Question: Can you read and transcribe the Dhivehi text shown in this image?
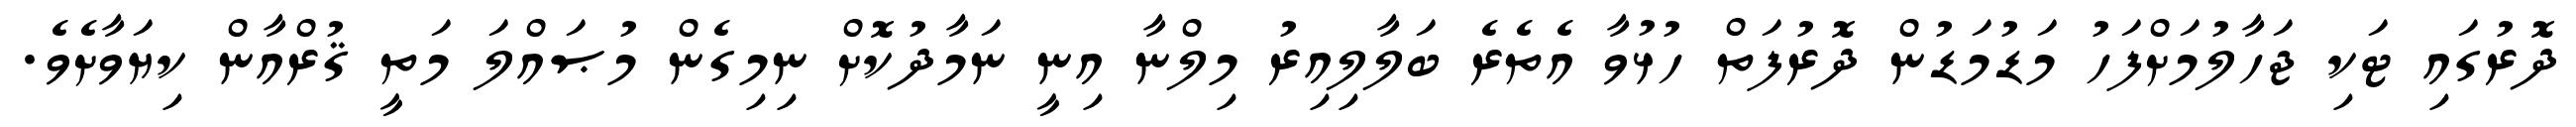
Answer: ދޮރުގައި ޓަކި ޖަހާލުމަށްފަހު މަޑުމަޑުން ދޮރުފަތް ހުޅުވާ އެތެރެ ބަލާލިއިރު މިލްނާ އިނީ ނަމާދުކޮށް ނިމިގެން މުޞައްލަ މަތީ ޤުރްއާން ކިޔަވާށެވެ.